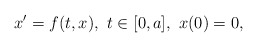
\begin{align*}x'=f(t,x), \, \, t \in [0,a], \, \, x(0)=0,\end{align*}